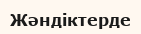
Жәндіктерде